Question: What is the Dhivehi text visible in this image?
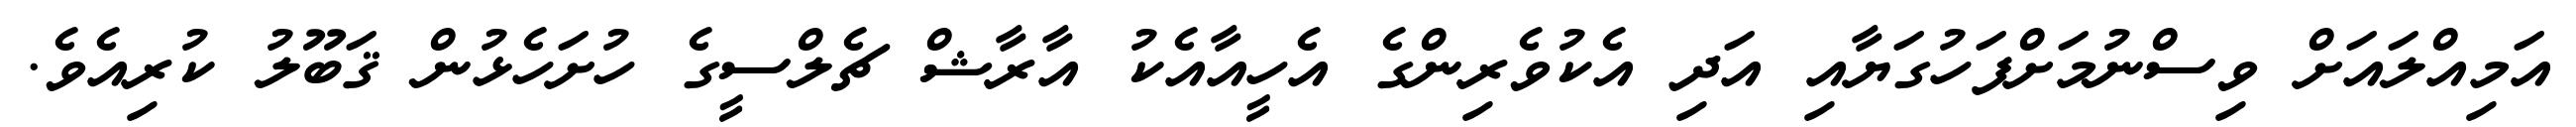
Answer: އަމިއްލައަށް ވިސްނުމަށްފަހުގަޔާއި އަދި އެކުވެރިންގެ އެހީއާއެކު އާރާޝް ޗެލްސީގެ ހުށަހެޅުން ޤަބޫލު ކުރިއެވެ.